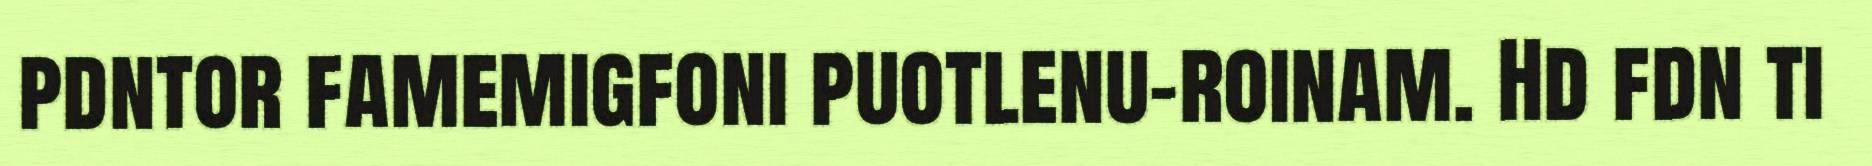
pdntor famemigfoni puotlenu-roinam. Hd fdn ti